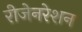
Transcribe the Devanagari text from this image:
रीजेनरेशन